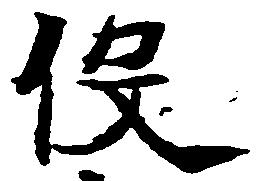
役